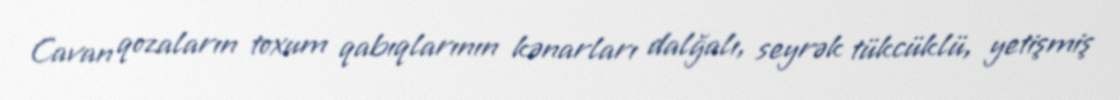
Cavan qozaların toxum qabıqlarının kənarları dalğalı, seyrək tükcüklü, yetişmiş